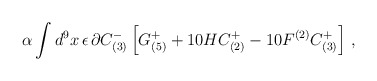
\begin{align*}\alpha\int d^{9}x\, \epsilon\, \partial C^{-}_{(3)} \left[G^{+}_{(5)}+10HC^{+}_{(2)}-10F^{(2)}C^{+}_{(3)}\right]\, ,\end{align*}